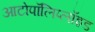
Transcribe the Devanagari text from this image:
आटोपॉलिप्लॉइड